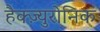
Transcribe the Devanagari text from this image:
हैक्ज़्युरोनिक